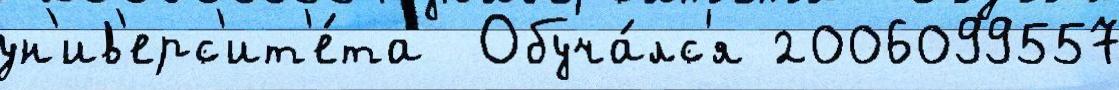
ун'ив'ерс'ит'е́та  Обуча́лс'я 2006099557